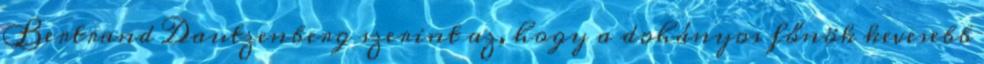
Bertrand Dautzenberg szerint az, hogy a dohányos főnök kevesebb